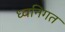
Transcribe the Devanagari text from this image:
ध्वनिगत